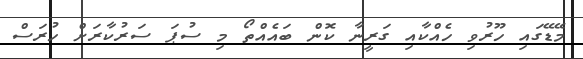
މޭޑޭގައި ހޫރުވި ހެއްކާއި ގަރީނާ ކޮން ބައެއްތޯ މި ސުޕަ ސަރުކާރަށް ހުރަސް